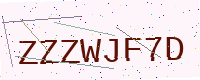
Text: ZZZWJF7D